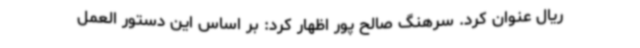
ریال عنوان کرد. سرهنگ صالح پور اظهار کرد: بر اساس این دستور العمل